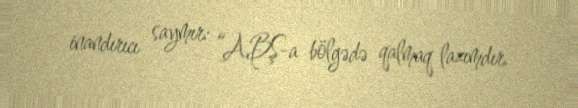
inandırıcı saymır: “ABŞ-a bölgədə qalmaq lazımdır.